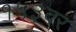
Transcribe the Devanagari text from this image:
१५३वर